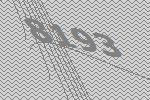
8193